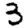
Digit: 3